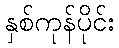
နှစ်ကုန်ပိုင်း